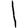
Digit: 1